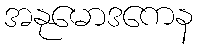
အနုမောဒကေန